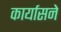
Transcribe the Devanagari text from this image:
कार्यासने